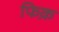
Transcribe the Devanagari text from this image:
फिक़